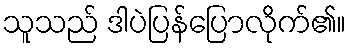
သူသည် ဒါပဲပြန်ပြောလိုက်၏။